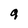
Character: 9